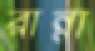
রান্না